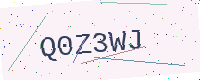
Text: Q0Z3WJ